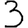
Digit: 3